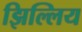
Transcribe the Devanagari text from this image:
झिल्लिय